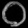
Digit: ၀